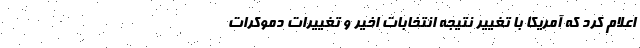
اعلام کرد که آمریکا با تغییر نتیجه انتخابات اخیر و تغییرات دموکرات